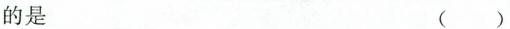
的是 ()